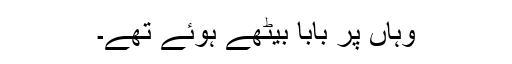
وہاں پر بابا بیٹھے ہوئے تھے۔